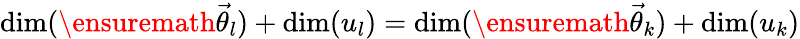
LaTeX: \mathrm{dim}(\ensuremath{\vec{\theta}}_{l})+\mathrm{dim}(u_{l})=\mathrm{dim}(\ensuremath{\vec{\theta}}_{k})+\mathrm{dim}(u_{k})